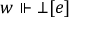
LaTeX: w \Vdash \bot [ e ]